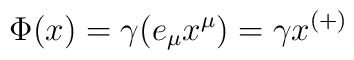
\Phi(x) = \gamma (e_{\mu}x^{\mu}) = \gamma x^{(+)}